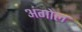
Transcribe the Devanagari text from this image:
अंगोल